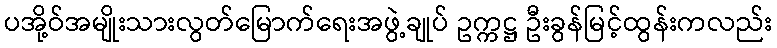
ပအို့ဝ်အမျိုးသားလွတ်မြောက်ရေးအဖွဲ့ချုပ် ဥက္ကဋ္ဌ ဦးခွန်မြင့်ထွန်းကလည်း